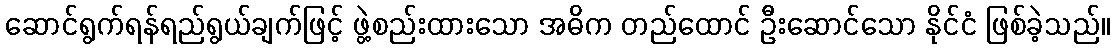
ဆောင်ရွက်ရန်ရည်ရွယ်ချက်ဖြင့် ဖွဲ့စည်းထားသော အဓိက တည်ထောင် ဦးဆောင်သော နိုင်ငံ ဖြစ်ခဲ့သည်။